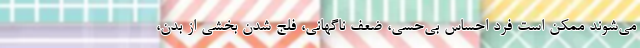
می‌شوند ممکن است فرد احساس بی‌حسی، ضعف ناگهانی، فلج شدن بخشی از بدن،